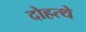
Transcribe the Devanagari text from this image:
दोहत्थे